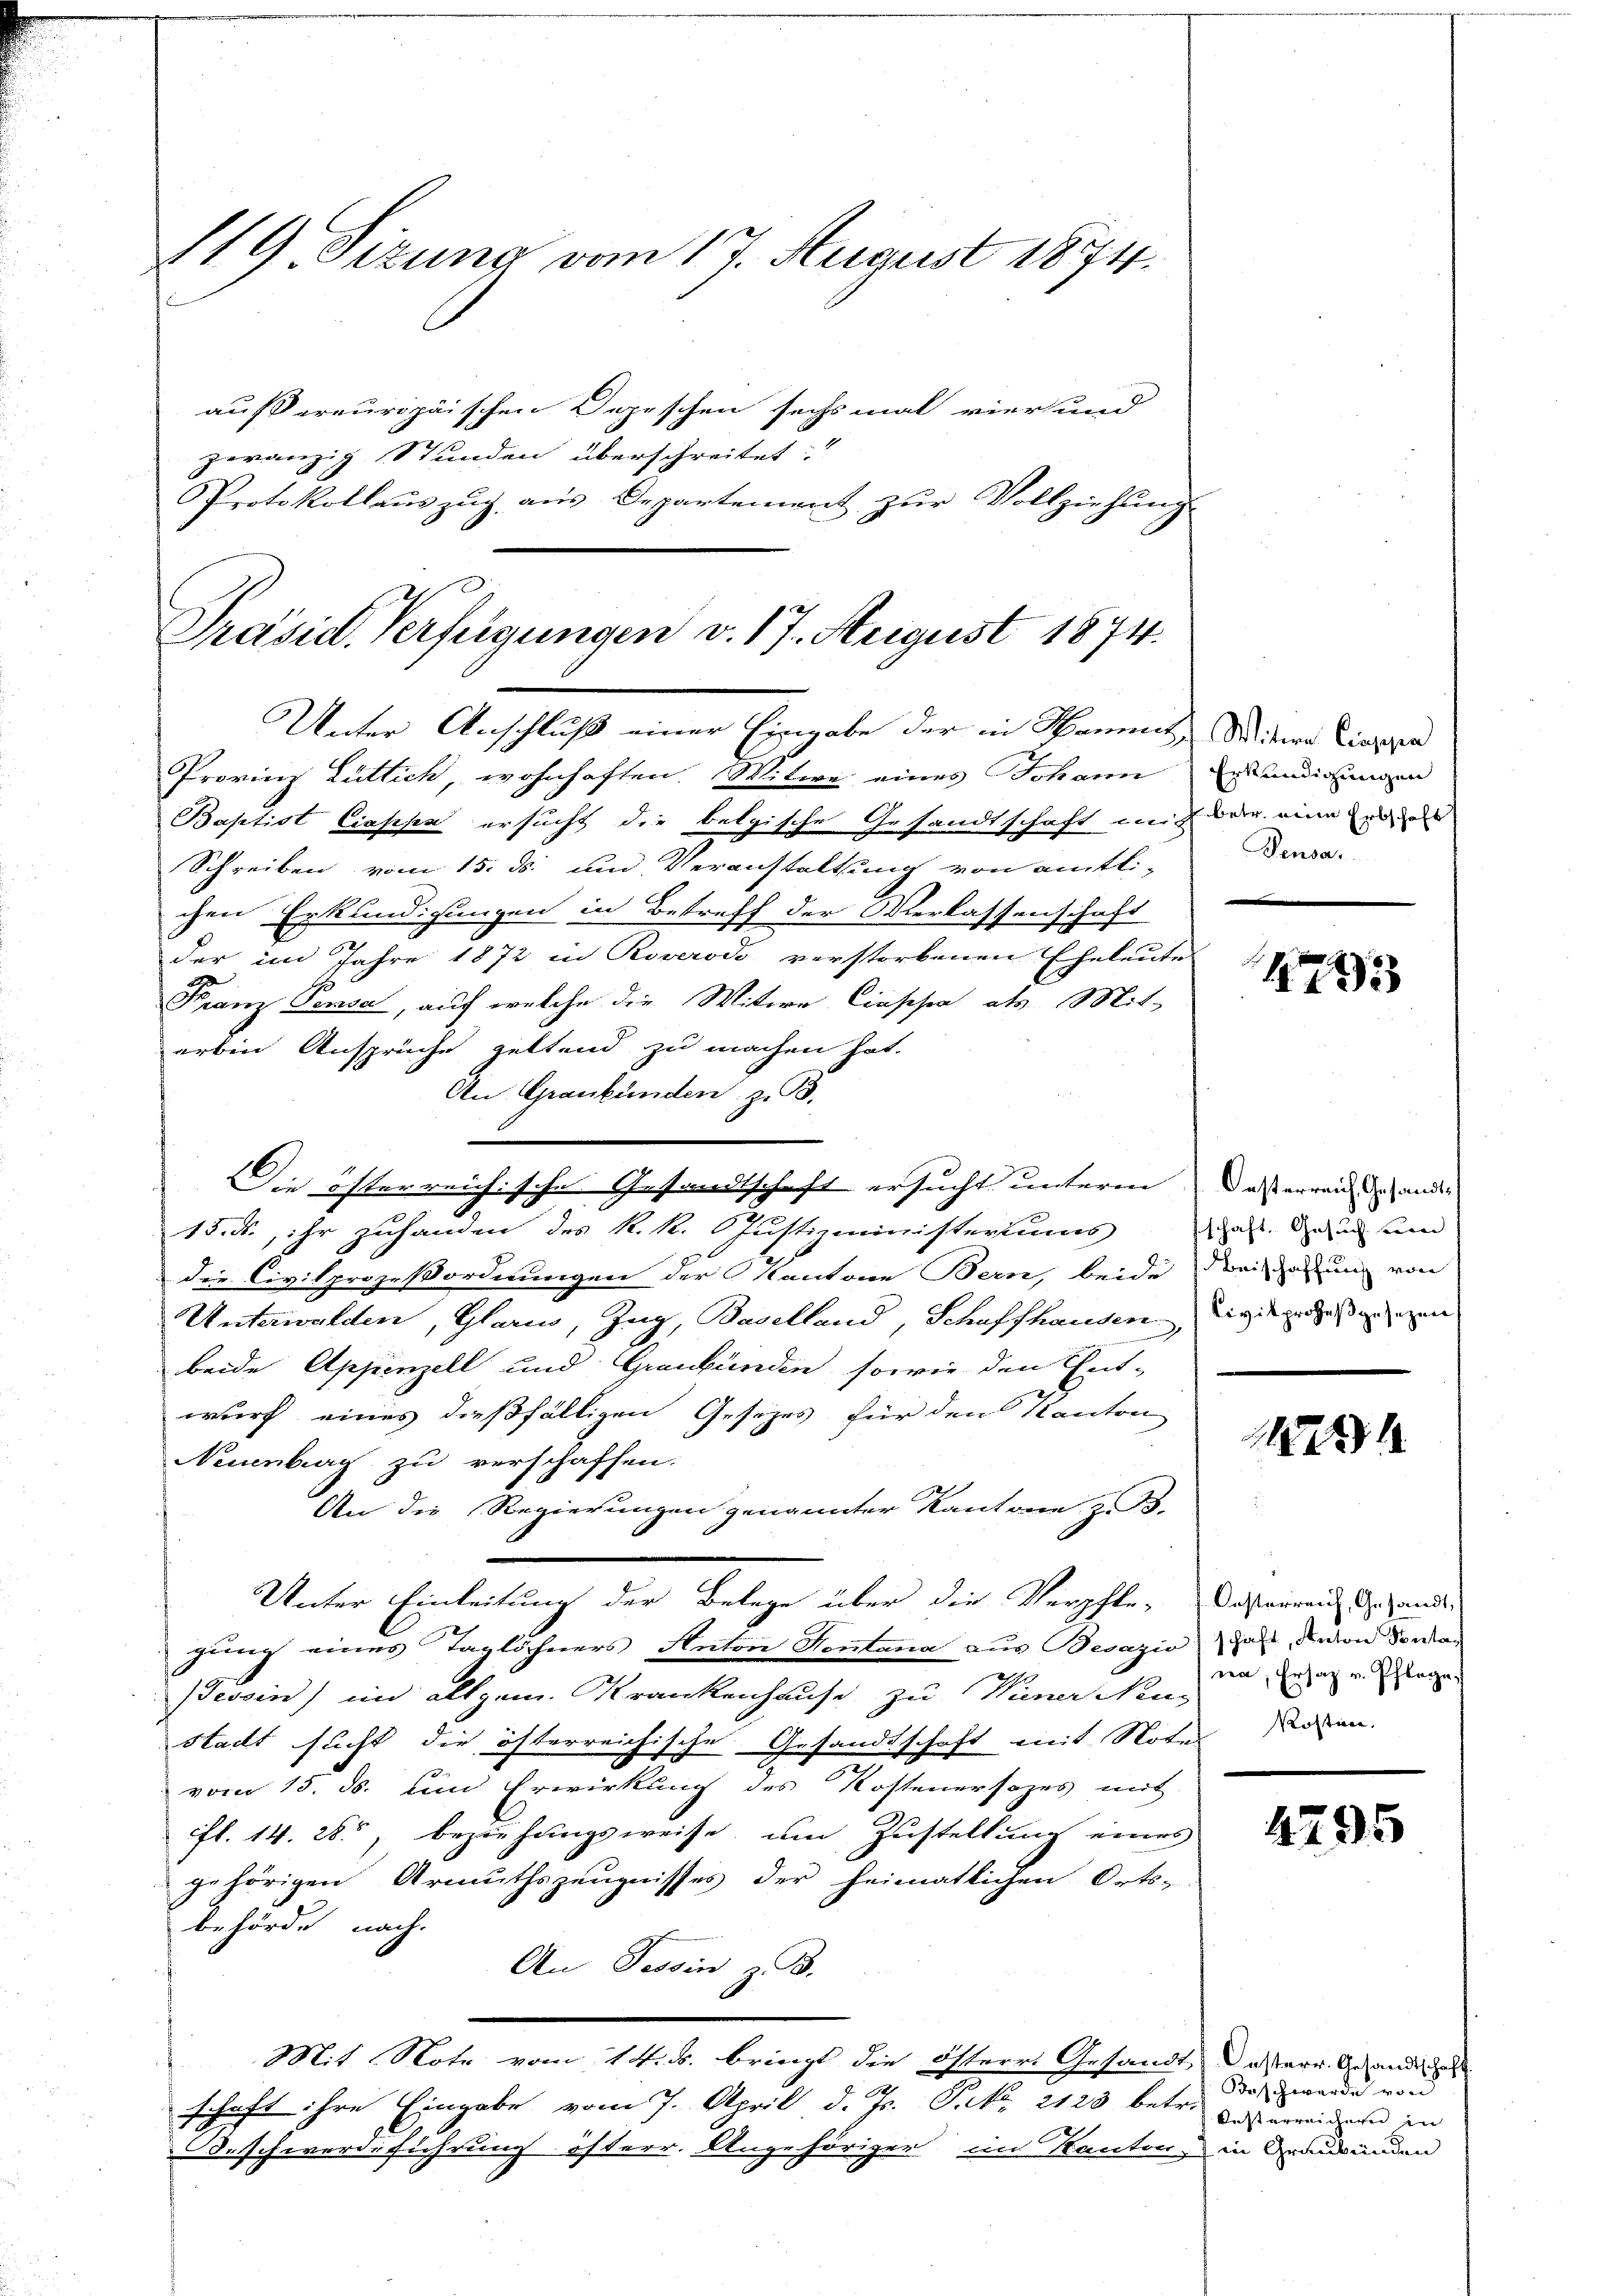
119 Sizung vom 17. August 1874.

aussereuropäischen Depeschen sechsmal vier und
zwanzig Stunden überschreitet:
Protokollaŭs zŭg aŭs Departement zŭr Vollziehŭng.

Präsid. Verfügungen v. 17. August 1874.

Unter Anschluß einer Eingabe der in Sammt Wintere Liegen
Provinz Lüttich, wohnhaften. Witwe eines Johann erkundigungen
Baptist Ciappa ersucht die belgische Gesandtschaft mit der eine eine
Schreiben vom 15. ds. und Veranstaltung von amtli-
chen Erkundigungen in Betreff der Verlassenschaft
der im Jahre 1872 in Roverodo verstorbenen Eheleute
Franz Pensa, auf welche die Witwe Ciaschen als Mit-
erben Ansprüche geltend zu machen hat.
An Graubünden z. B.
15. M., ihr zuhanden des k. k. Justizministeriums hat. Dann seien
die Civilprozeßordnungen der Kantone Bern, beide bei gerung von
Unterwalden, Glarus, Zug, Baselland, Schaffhausen wiedenen
beide Appenzell und Graubünden, sowie den Ent-
wurf eines dießfälligen Gesetzes für den Kanton
Neuenburg zu verschaffen.
An die Regierungen genannter Kantone z.B.
Unter Einleitung der Belege über die Verpfle-Cassaren Gegende
gung eines Taglöhners Anton Kontana aus Besazio hat, davon Sontag
Zessin) im allgem. Krankenhause zu Wiener Neu¬
Stadt sucht die österreichische Gesandtschaft mit Note
vom 15. ds. ein Erwirkung des Kostenersezes mit
fl. 14. 28. Beziehungsweise, um Zustellung eines
gehörigen Armuthszeugnisses der heimatlichen Orts-
behörde nach.
An Tessin z. B.
Mit Note vom 14. ds. bringt die Österr. Gesandt, dasterr. Gesundiges
schaft ihre Eingabe vom 7. April d. Js. P. Nr. 2123 betr.
Beschwerdeführung österr. Angehöriger im Kanton, in Graubünden

Die österreichische Gesandtschaft ersucht unterm das erren den ander

Densa

1793

2

ien, Ersatz u. Pflege,
Kosten.

4295

Beschwerde von
Kusterreichern in